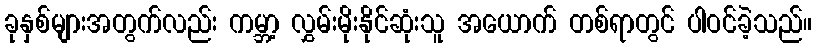
ခုနှစ်များအတွက်လည်း ကမ္ဘာ့ လွှမ်းမိုးနိုင်ဆုံးသူ အယောက် တစ်ရာတွင် ပါဝင်ခဲ့သည်။